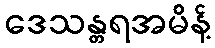
ဒေသန္တရအမိန့်